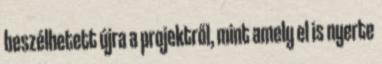
beszélhetett újra a projektről, mint amely el is nyerte